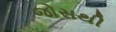
જોસથી